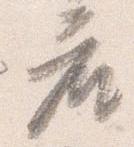
座